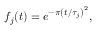
f _ { j } ( t ) = e ^ { - \pi \left( { t } / { \tau _ { j } } \right) ^ { 2 } } ,